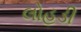
લોહડી